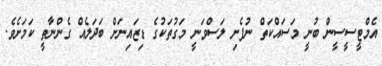
އެމްޓީސީސީން ބުނީ މަސައްކަތް ނުފެށި ލަސްވަނީ މަގުތަކުގެ ޑިޒައިނަށް ބަދަލެއް ގެންނާތީ ކަމަށެވެ.